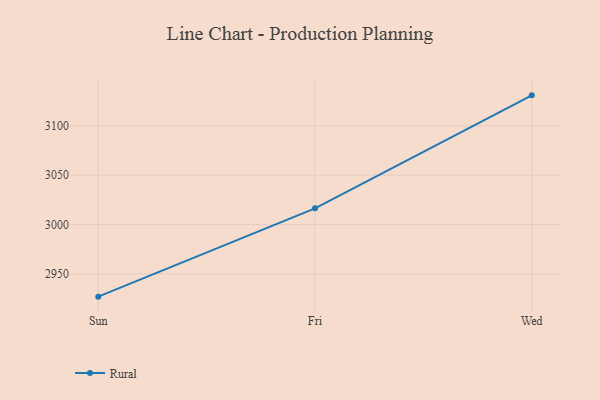
{"axis": {"x": "Day", "y": "Temperature (°C)"}, "legend": ["Rural"], "data": [{"x": "Sun", "y": 2926.9, "type": "Rural"}, {"x": "Fri", "y": 3016.4, "type": "Rural"}, {"x": "Wed", "y": 3130.9, "type": "Rural"}]}